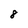
Character: 8